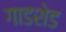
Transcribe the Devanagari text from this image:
गाडशेड